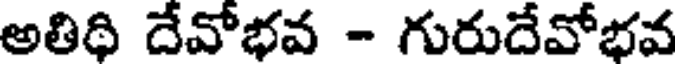
అతిథి దేవోభవ - గురుదేవోభవ